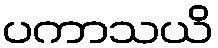
ပကာသယိ